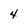
Character: 4